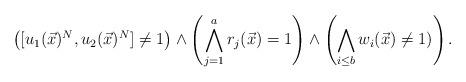
LaTeX: \begin{align*}\left( [u_1(\vec{x})^N,u_2(\vec{x})^N]\neq 1\right) \wedge \left( \bigwedge_{j=1}^a r_j(\vec{x})=1 \right) \wedge \left( \bigwedge_{i \leq b} w_i(\vec{x}) \neq 1) \right).\end{align*}